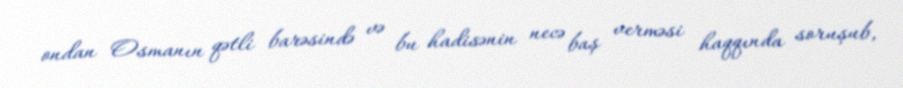
ondan Osmanın qətli barəsində və bu hadisənin necə baş verməsi haqqında soruşub,